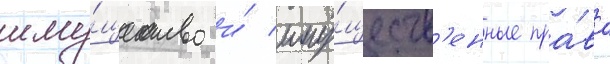
иму́щество и́ иму́ществ'енные пра́ва